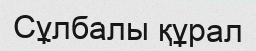
Сұлбалы құрал